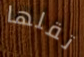
تقلها